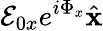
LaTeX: \mathcal{E}_{0x}e^{i\Phi_{x}}\hat{\mathbf{x}}